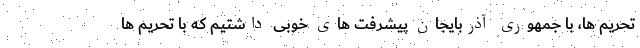
تحریم ها، با جمهوری آذربایجان پیشرفت های خوبی داشتیم که با تحریم ها